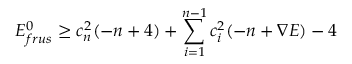
E _ { f r u s } ^ { 0 } \geq c _ { n } ^ { 2 } ( - n + 4 ) + \sum _ { i = 1 } ^ { n - 1 } c _ { i } ^ { 2 } ( - n + \nabla E ) - 4